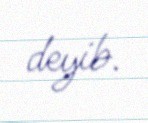
deyib.